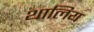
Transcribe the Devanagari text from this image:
थालिय